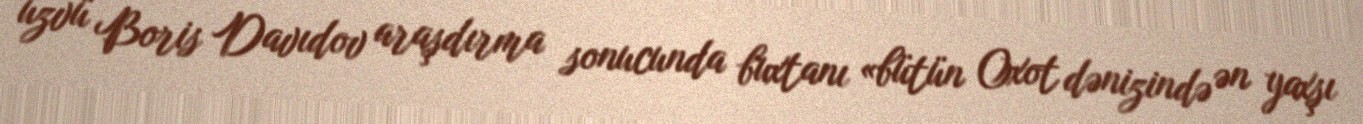
üzvü Boris Davıdov araşdırma sonucunda buxtanı «bütün Oxot dənizində ən yaxşı